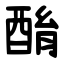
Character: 酳